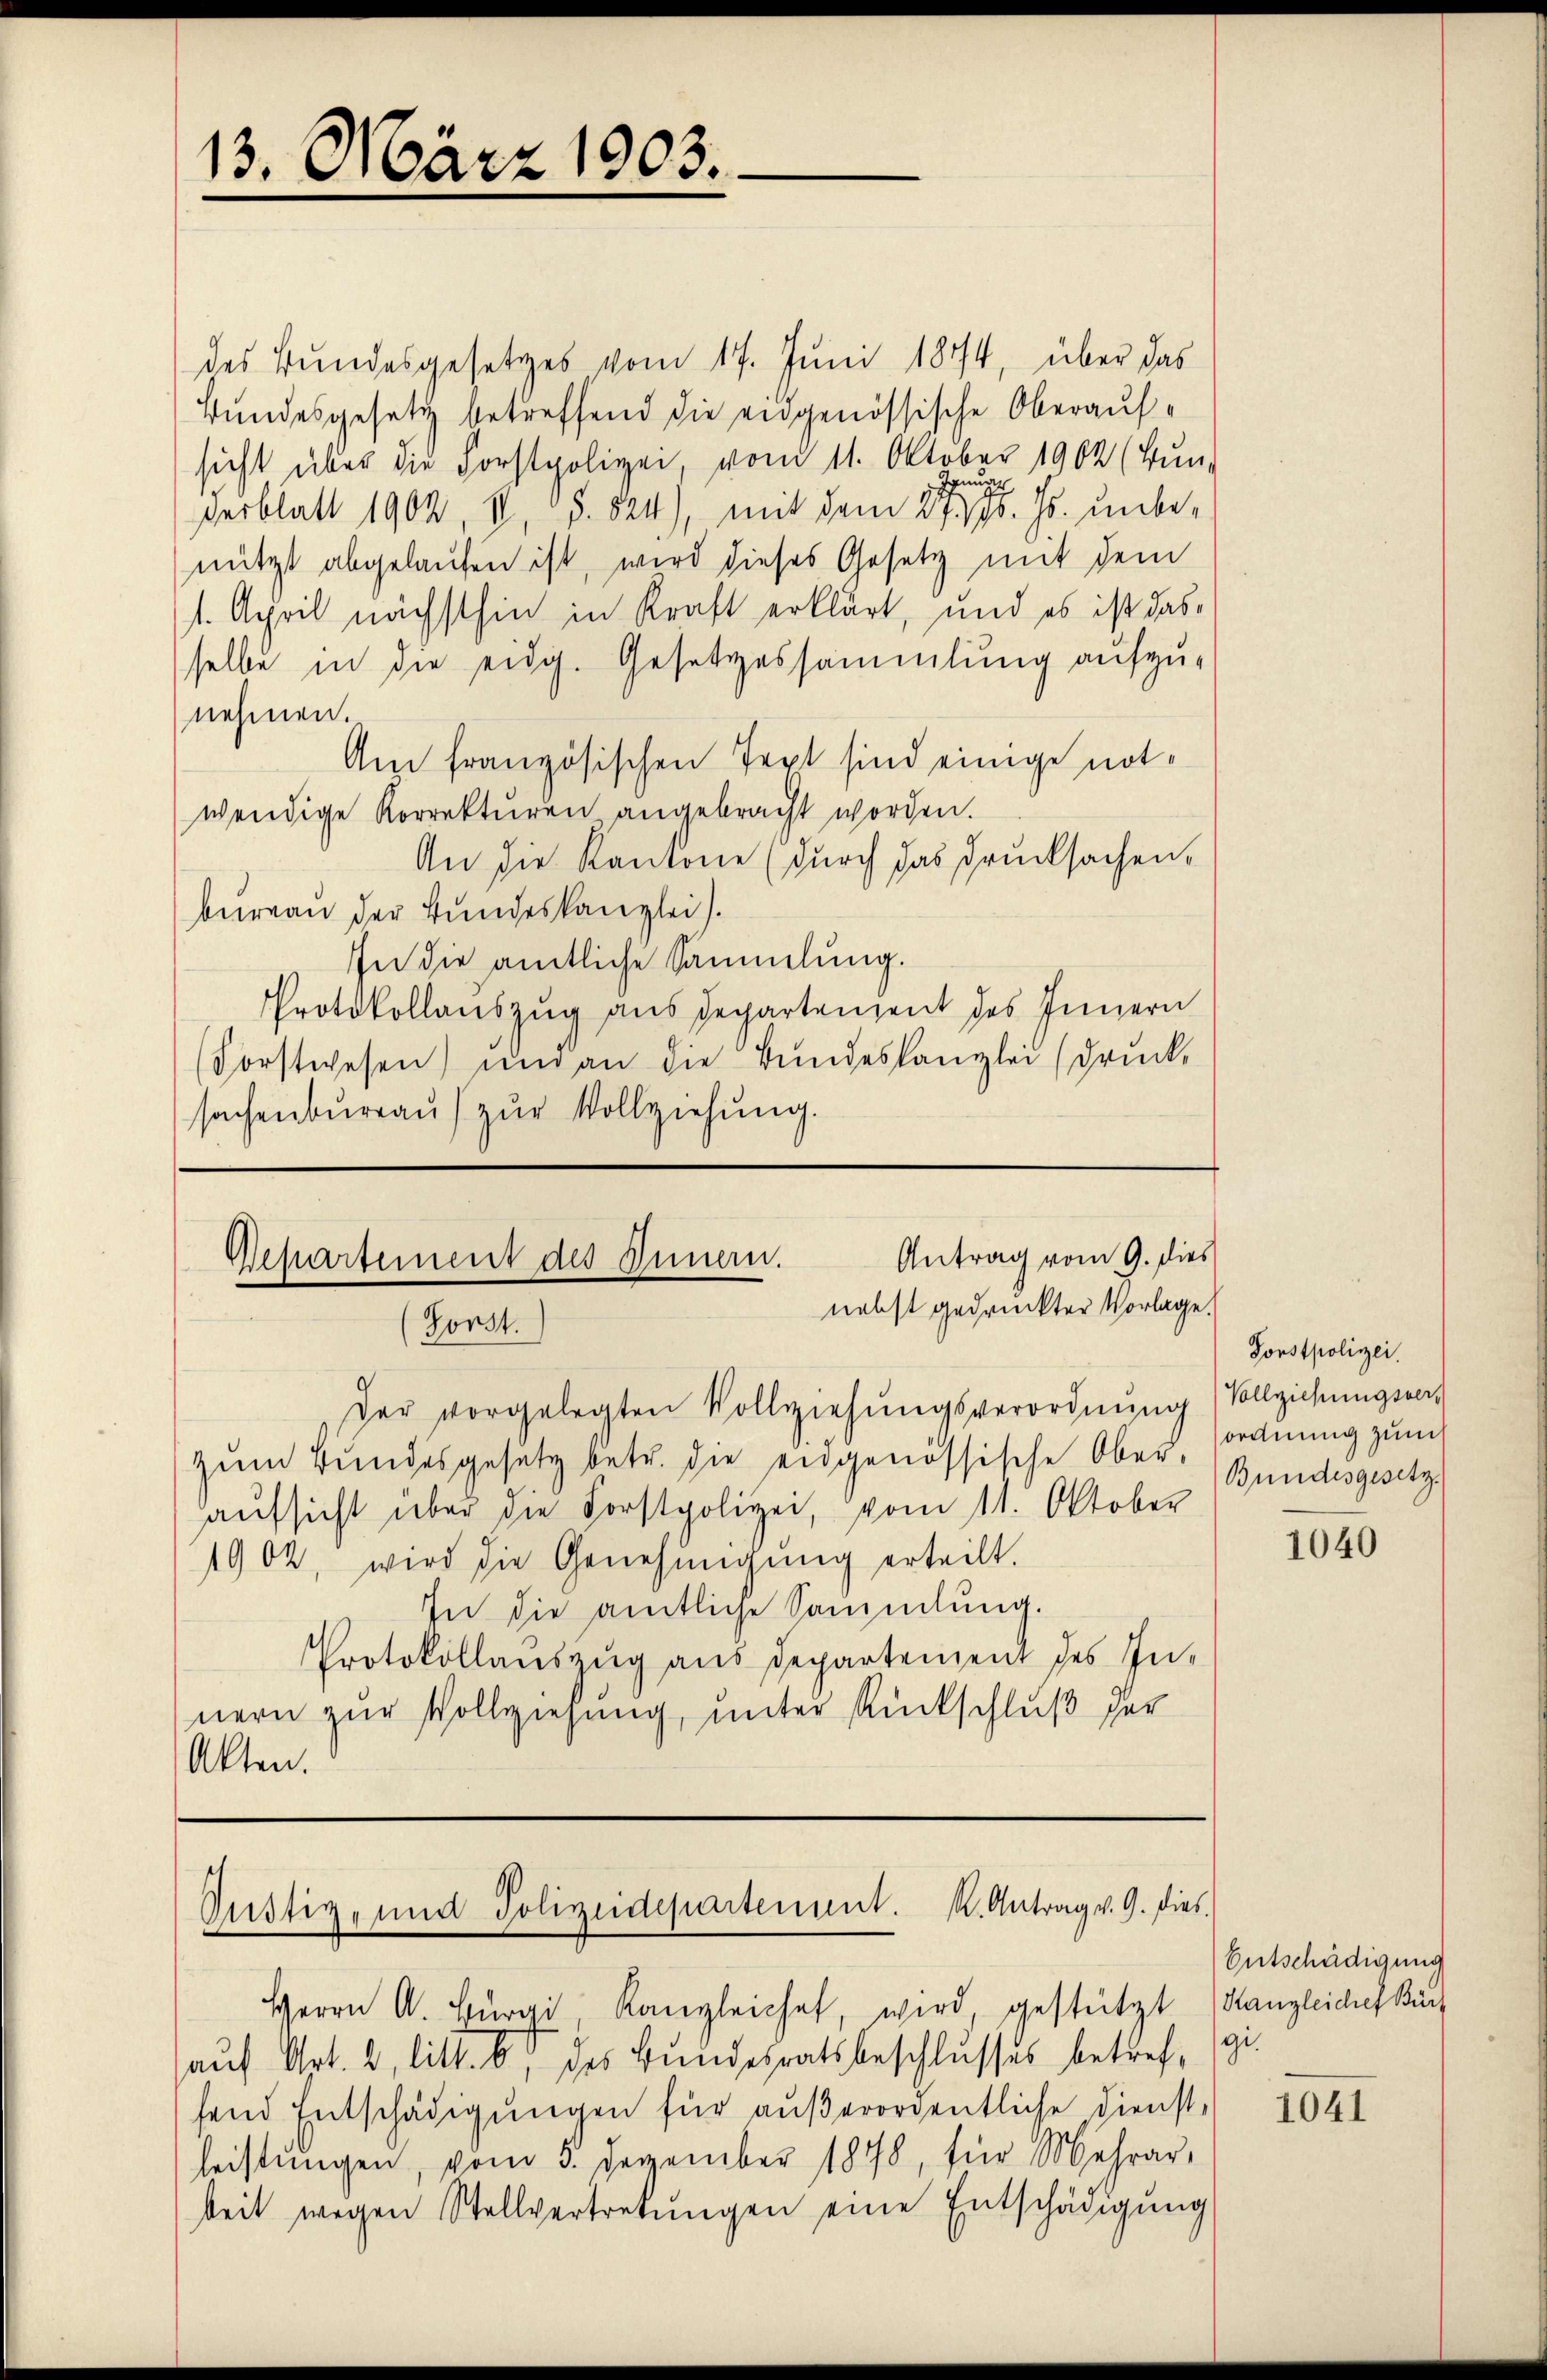
13. März 1903.

des Bundesgesetzes vom 17. Juni 1874, über das
Bundesgesetz betreffend die eidgenössische Oberaufsicht über die Forstpolizei, vom 11. Oktober 1902 (Bun-
desblatt 1902, II, S. 824), mit dem 21. Js. unbenützt abgelaufen ist, wird dieses Gesetz mit dem
1. April nächsthin in Kraft erklärt, und es ist das
selbe in die eidg. Gesetzessammlung aufzunehmen.
Am französischen Text sind einige not-
wendige Korrekturen angebracht worden.
An die Kantone (durch das drucksachen.
bureau der Bundeskanzlei.
IIn die amtliche Sammlung.
Protokollauszug aus Departement des Innern
Forstwesen) und an die Bundeskanzlei (druck,
sachenbureau zur Vollziehung.

Antrag vom 9. dies
Repartement des Innern.
nebst gedruckter Vorlage.
Forst.

Oustiz- und Polizeidepartement. K. Antrag v. 9. dies

Der vorgelegten Vollziehungsverordnung (Vollziehungsvers
zum Bundesgesetz betr. die eidgenössische Ober-
aŭfsicht über die Forstpolizei, vom 11. Oktober
1902, wird die Genehmigŭng erteilt.
In die amtliche Sammlung.
Protokollauszug aus Departement des Innern zur Vollziehung, unter Rückschluß der
Akten.

Herrn A. Bürgi, Kanzleichet, wird, gestützt (Hangleiches Buch
auf Art. 2, litt. b, des Bundesratsbeschlusses betref- gi
fend Entschädigungen für außerordentliche Dienst-
leistŭngen, vom 5. Dezember 1898, für Mehrar-
beit wegen Stellvertretŭngen eine Entschädigŭng

Forstpolizei.
ordnung zum
Bundesgesetz

1040

Entschädigung

1041